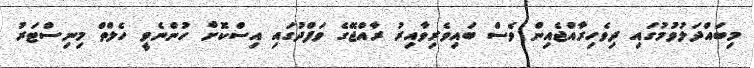
މިބައްދަލުވުމުގައި ދިވެހިރާއްޖެއިން ވެސް ބައިވެރިވާއިރު ރާއްޖޭގެ ވަފްދުގައި އިސްކޮށް ހުންނެވީ ހެލްތް މިނިސްޓަރު